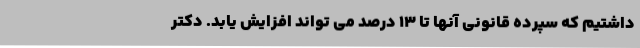
داشتیم که سپرده قانونی آنها تا 13 درصد می تواند افزایش یابد. دکتر